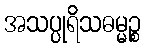
အသပ္ပုရိသဓမ္မဉ္စ